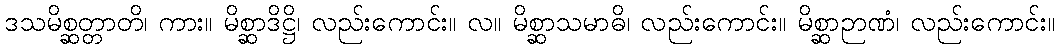
ဒသမိစ္ဆတ္တာတိ၊ ကား။ မိစ္ဆာဒိဋ္ဌိ၊ လည်းကောင်း။ လ။ မိစ္ဆာသမာဓိ၊ လည်းကောင်း။ မိစ္ဆာဉာဏံ၊ လည်းကောင်း။